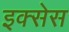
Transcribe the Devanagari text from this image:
इक्सेस